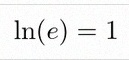
\ln(e)=1